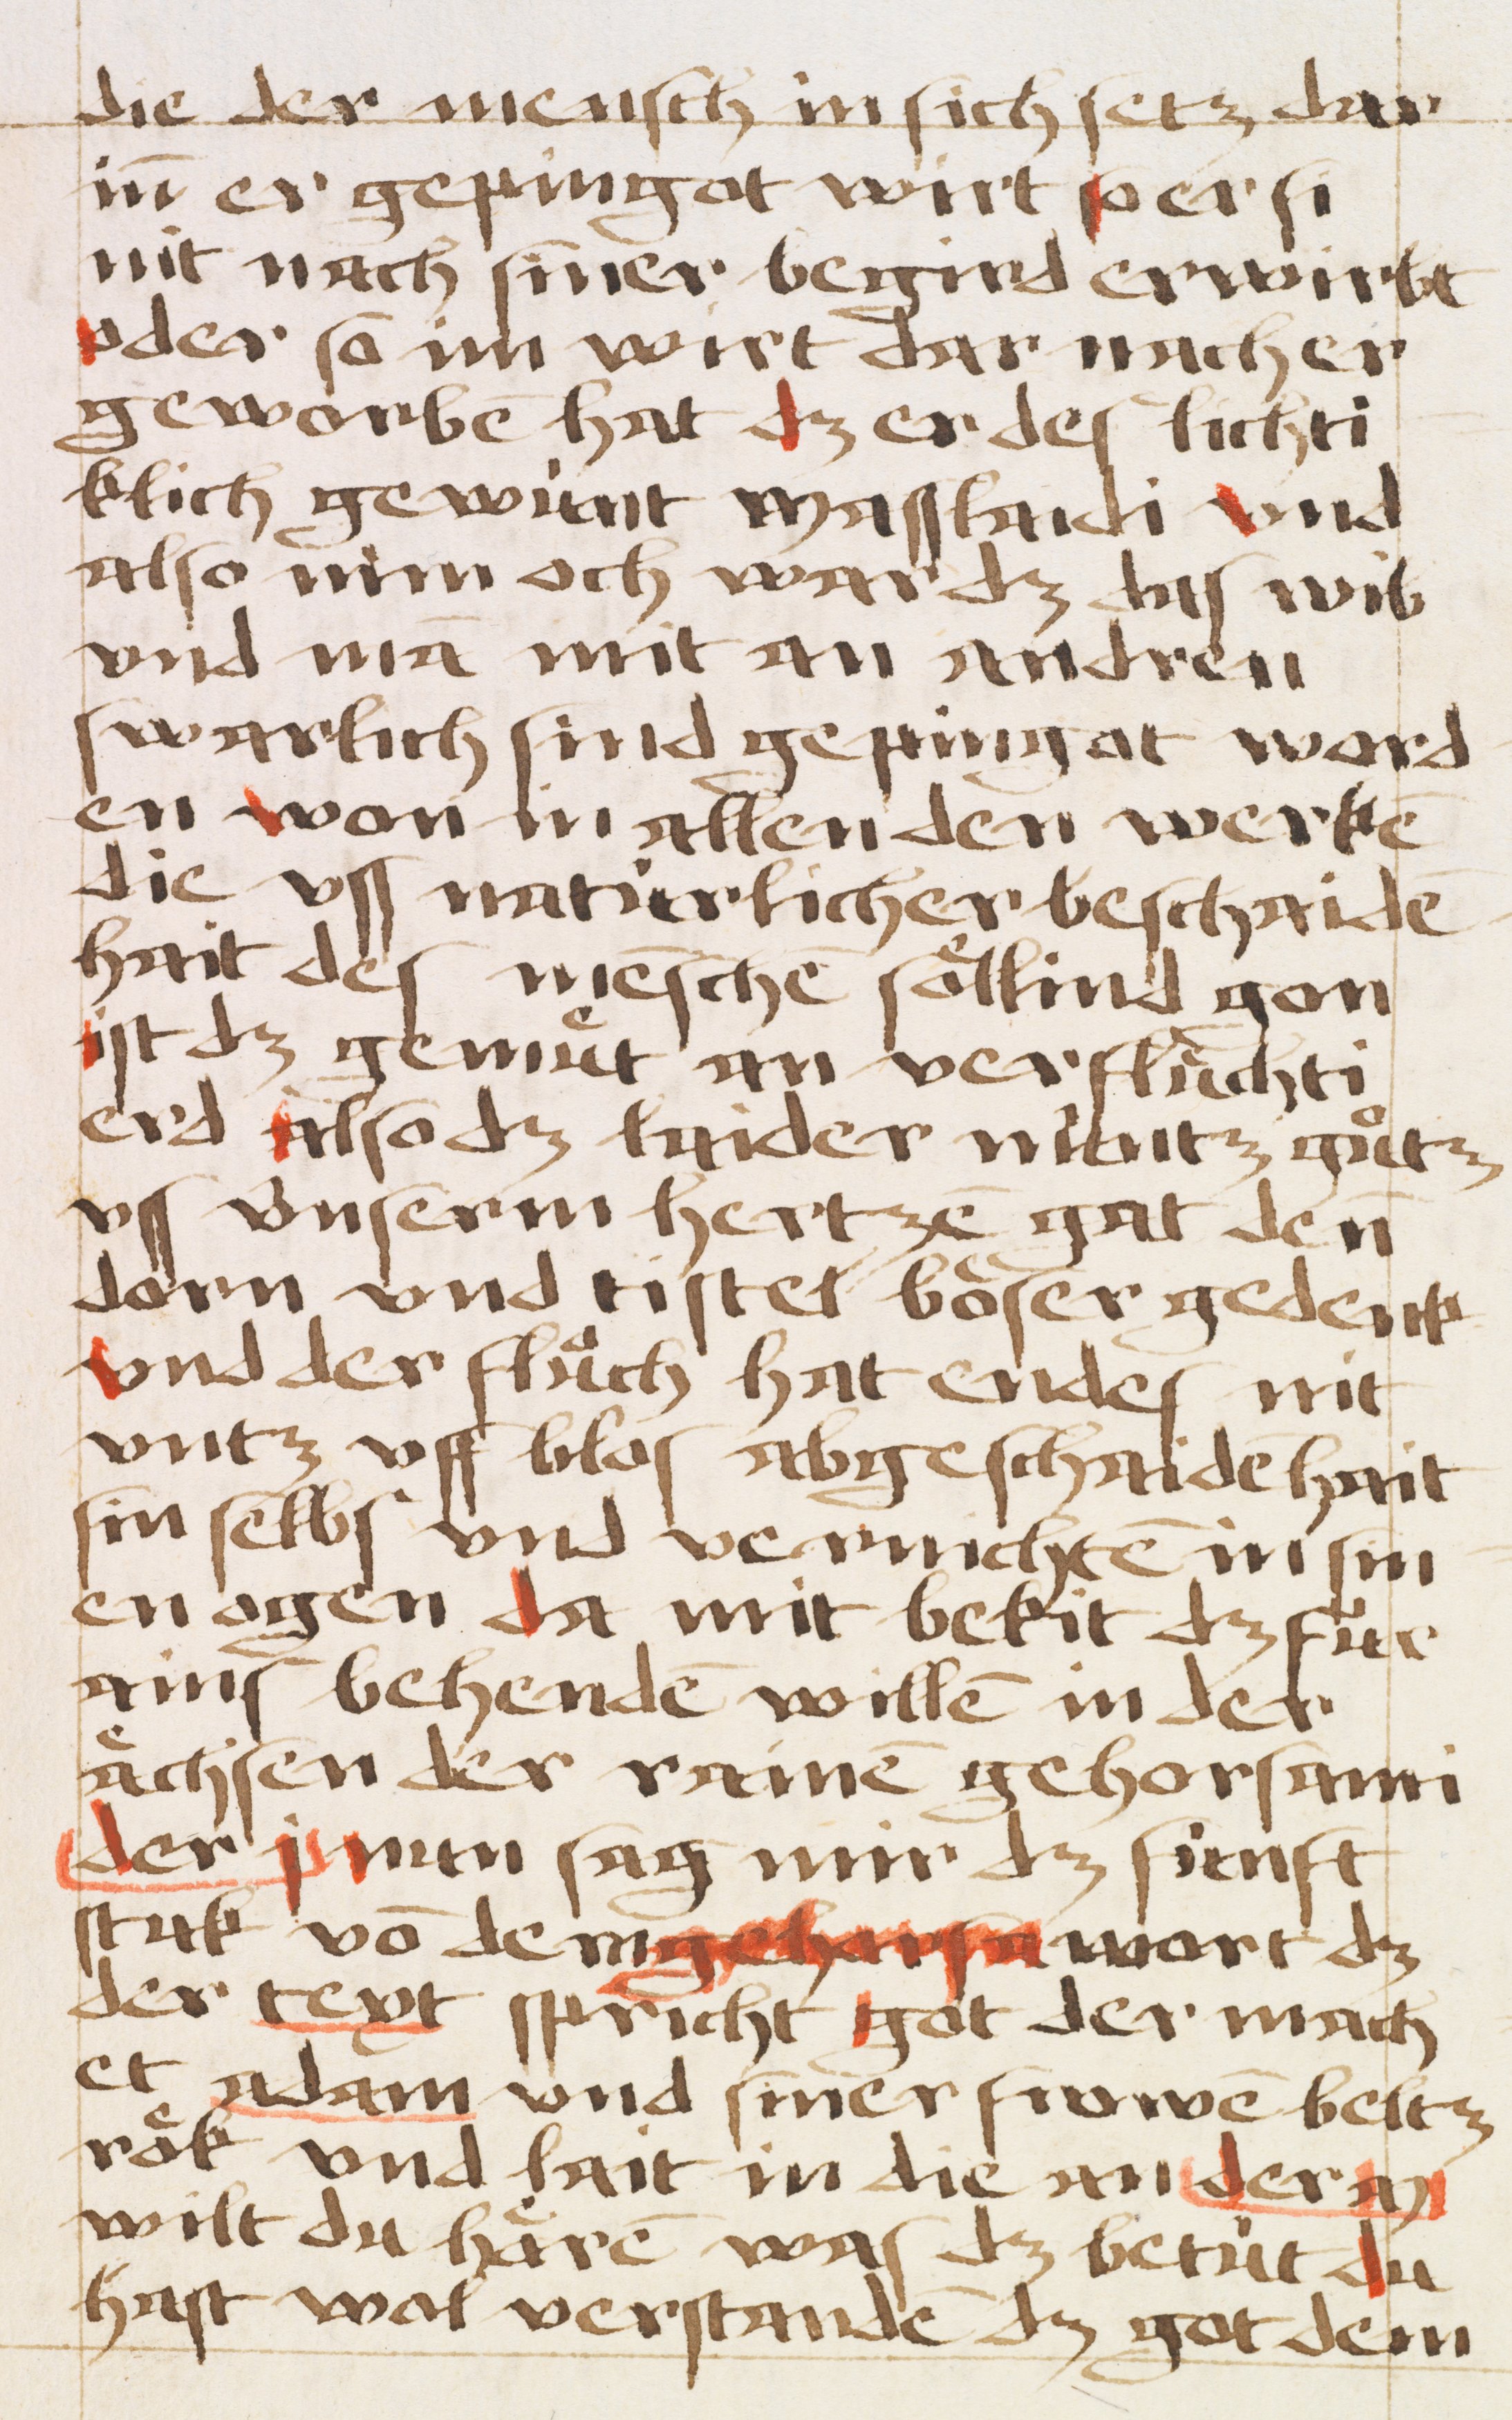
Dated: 1484–1484